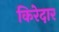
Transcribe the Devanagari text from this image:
किरेदार